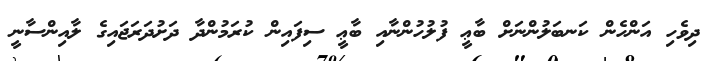
ދިވެހި އަންހެން ކަނބަލުންނަށް ބާޢީ ފުލުހުންނާއި ބާޢީ ސިފައިން ކުރަމުންދާ ދަށުދަރަޖައިގެ ލާއިންސާނީ